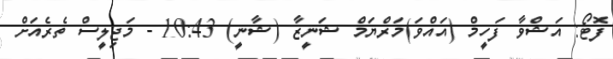
ފޮޓޯ: އަޝްވާ ފަހީމް (އައްވަ)މަރްޔަމް ޝަނީޒާ (ޝާނީ) 10:43 - މަޖިލީސް ތެރެއަށް